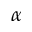
\alpha